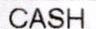
CASH